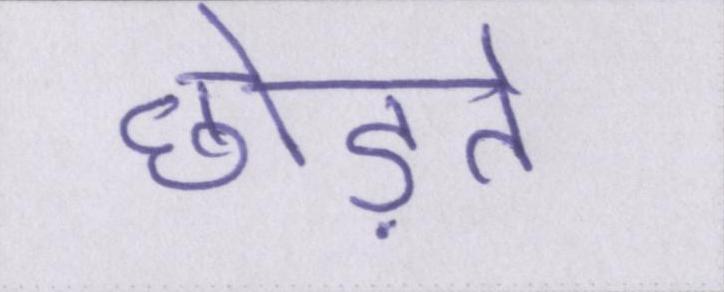
छोड़ते